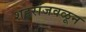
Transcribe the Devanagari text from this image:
शहरांजवळून